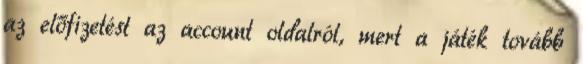
az előfizetést az account oldalról, mert a játék tovább